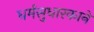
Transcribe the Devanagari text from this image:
धर्मसुधारकाने